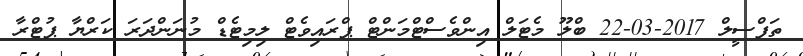
ތަފްސީލް 2017-03-22 ބްލޫ މެޓަލް އިންވެސްޓްމަންޓް ޕްރައިވެޓް ލިމިޓެޑް މުނަންދަރަ ކަރްޔާ ޕުޓްރާ